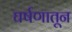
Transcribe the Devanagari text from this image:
घर्षणातून